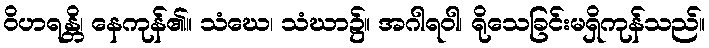
ဝိဟရန္တိ၊ နေကုန်၏။ သံဃေ၊ သံဃာ၌။ အဂါရဝါ၊ ရိုသေခြင်းမရှိကုန်သည်။